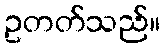
ဥတတ်သည်။